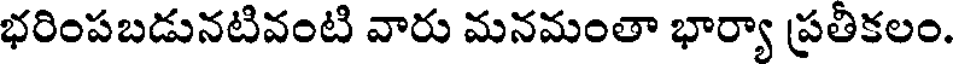
భరింపబడునటివంటి వారు మనమంతా భార్యా ప్రతికలం.